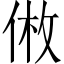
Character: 𪝅